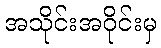
အသိုင်းအဝိုင်းမှ